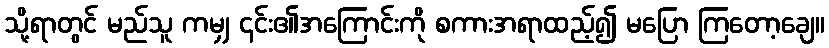
သို့ရာတွင် မည်သူ ကမျှ ၎င်း၏အကြောင်းကို စကားအရာထည့်၍ မပြော ကြတော့ချေ။